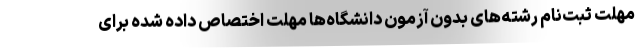
مهلت ثبت‌نام رشته‌های بدون آزمون دانشگاه‌ها مهلت اختصاص داده شده برای